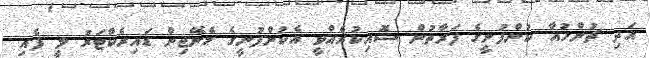
އަދި ޗުންހުއާ ކުންފުނީގެ ފަރާތުން ސޮއިކުރެއްވީ އެކުންފުނީގެ މެނޭޖިން ޑައިރެކްޓަރު ލީ ފެއި